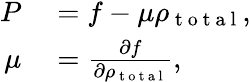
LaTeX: \begin{array}{rl}{P}&{{}=f-\mu\rho_{\mathrm{~t~o~t~a~l~}},}\\ {\mu}&{{}=\frac{\partial f}{\partial\rho_{\mathrm{~t~o~t~a~l~}}},}\end{array}